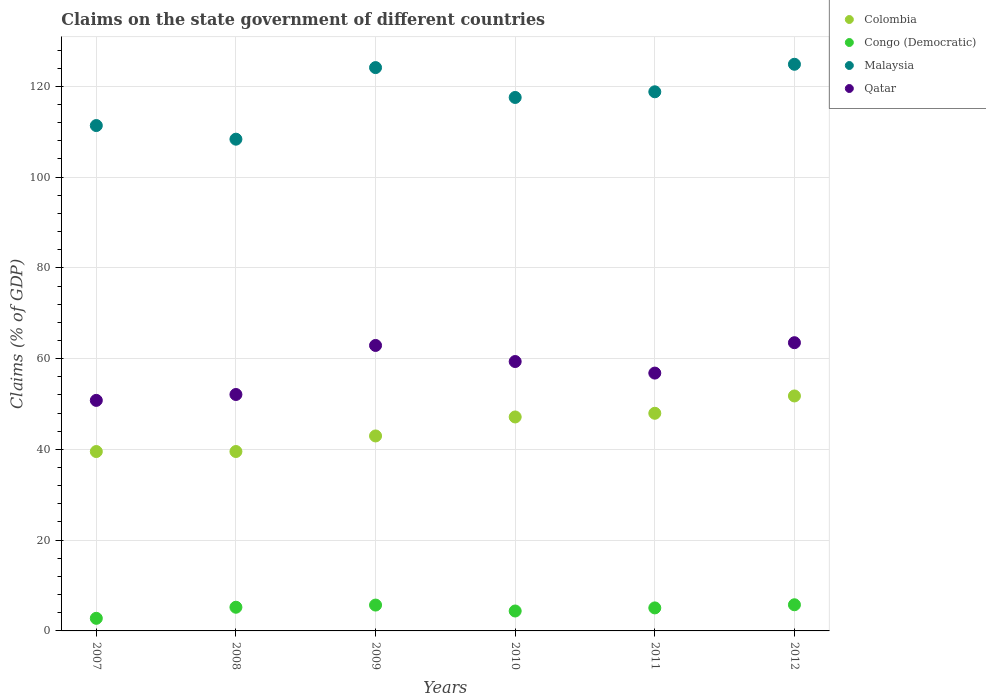
| Years | Colombia | Congo (Democratic) | Malaysia | Qatar |
 | --- | --- | --- | --- | --- |
 | 2007 | 39.5 | 2.78 | 111 | 50.8 |
 | 2008 | 39.5 | 5.22 | 108 | 52.1 |
 | 2009 | 43 | 5.7 | 124 | 62.9 |
 | 2010 | 47.1 | 4.39 | 118 | 59.4 |
 | 2011 | 48 | 5.07 | 119 | 56.8 |
 | 2012 | 51.8 | 5.76 | 125 | 63.5 |